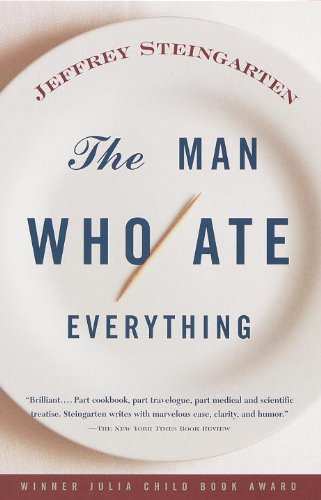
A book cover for The Man Who Ate Everything; Jeffrey Steingarten; Humor & Entertainment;